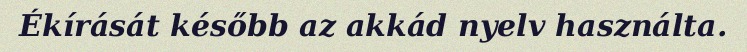
Ékírását később az akkád nyelv használta.